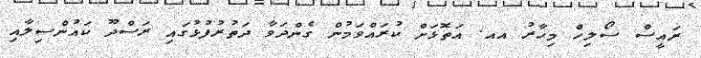
ރައީސް ސޯލިހް މިހާރު އއ. އަތޮޅަށް ކުރައްވަމުން ގެންދަވާ ދަތުރުފުޅުގައި ރަސްދޫ ކަައުންސިލާއި